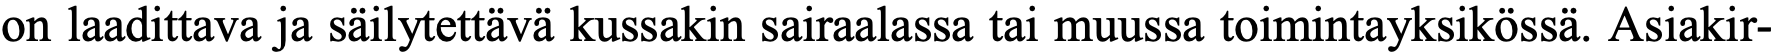
on laadittava ja säilytettävä kussakin sairaalassa tai muussa toimintayksikössä. Asiakir-